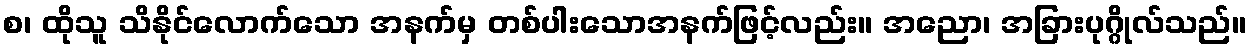
စ၊ ထိုသူ သိနိုင်လောက်သော အနက်မှ တစ်ပါးသောအနက်ဖြင့်လည်း။ အညော၊ အခြားပုဂ္ဂိုလ်သည်။